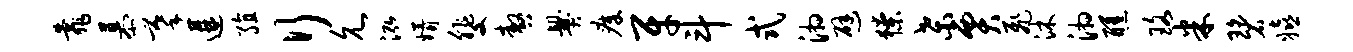
靠慕摹遘殖行允泓婿斐嗷爨瘴牙斗式湘避獠桑贾飞沐湘醺珞米碧嬉